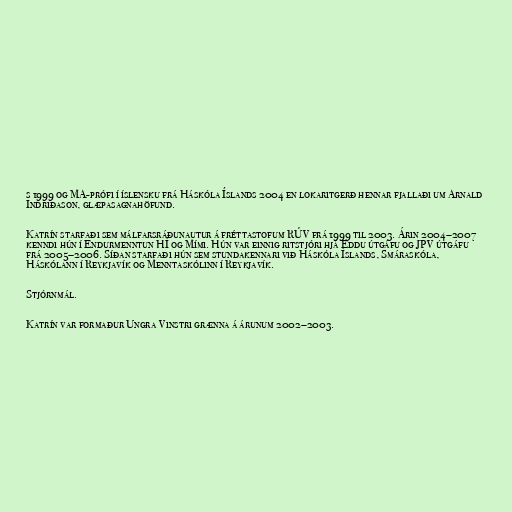
s 1999 og MA-prófi í íslensku frá Háskóla Íslands 2004 en lokaritgerð hennar fjallaði um Arnald
Indriðason, glæpasagnahöfund.

Katrín starfaði sem málfarsráðunautur á fréttastofum RÚV frá 1999 til 2003. Árin 2004–2007
kenndi hún í Endurmenntun HÍ og Mími. Hún var einnig ritstjóri hjá Eddu útgáfu og JPV útgáfu
frá 2005–2006. Síðan starfaði hún sem stundakennari við Háskóla Íslands, Smáraskóla,
Háskólann í Reykjavík og Menntaskólinn í Reykjavík.

Stjórnmál.

Katrín var formaður Ungra Vinstri grænna á árunum 2002–2003.